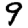
Digit: 9